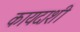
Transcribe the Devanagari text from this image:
कायदाशी